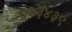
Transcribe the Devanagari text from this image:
६७३४३९